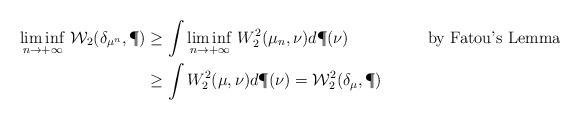
LaTeX: \begin{align*}\underset{n\rightarrow +\infty}{\liminf}\ \mathcal{W}_2(\delta_{\mu^n},\P) &\geq \int \underset{n\rightarrow +\infty}{\liminf}\ W_2^2(\mu_n,\nu)d\P(\nu) &\mbox{by Fatou's Lemma}&\\& \geq \int W_2^2(\mu,\nu)d\P(\nu)=\mathcal{W}_2^2(\delta_{\mu},\P)\qquad& &\end{align*}